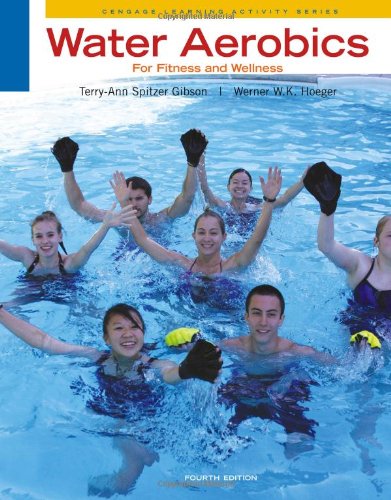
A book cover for Water Aerobics for Fitness and Wellness (Cengage Learning Activity); Terry-Ann Spitzer Gibson; Health, Fitness & Dieting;